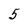
Character: 5